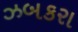
ઝબકરા